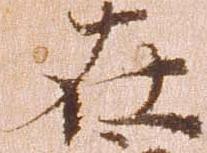
在